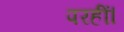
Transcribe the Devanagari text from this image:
परहीं।